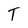
Character: T